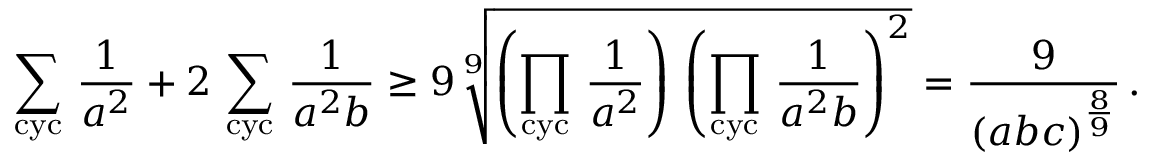
\sum _ { \mathrm { c y c } } \, \frac { 1 } { a ^ { 2 } } + 2 \, \sum _ { \mathrm { c y c } } \, \frac { 1 } { a ^ { 2 } b } \geq 9 \, \sqrt [ 9 ] { \left( \prod _ { \mathrm { c y c } } \, \frac { 1 } { a ^ { 2 } } \right) \, \left( \prod _ { \mathrm { c y c } } \, \frac { 1 } { a ^ { 2 } b } \right) ^ { 2 } } = \frac { 9 } { ( a b c ) ^ { \frac { 8 } { 9 } } } \, .